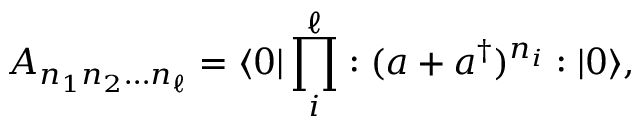
A _ { n _ { 1 } n _ { 2 } \dots n _ { \ell } } = \langle 0 | \prod _ { i } ^ { \ell } : ( a + a ^ { \dag } ) ^ { n _ { i } } : | 0 \rangle ,